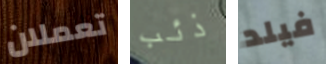
تعملان ذئب فيلد